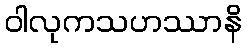
ဝါလုကသဟဿာနိ